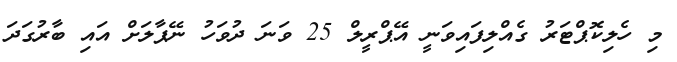
މި ހެލިކޮޕްޓަރު ގެއްލިފައިވަނީ އޭޕްރީލް 25 ވަނަ ދުވަހު ނޭޕާލަށް އައި ބާރުގަދަ